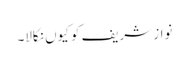
نواز شریف کو کیوں نکالا۔